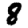
Digit: 8